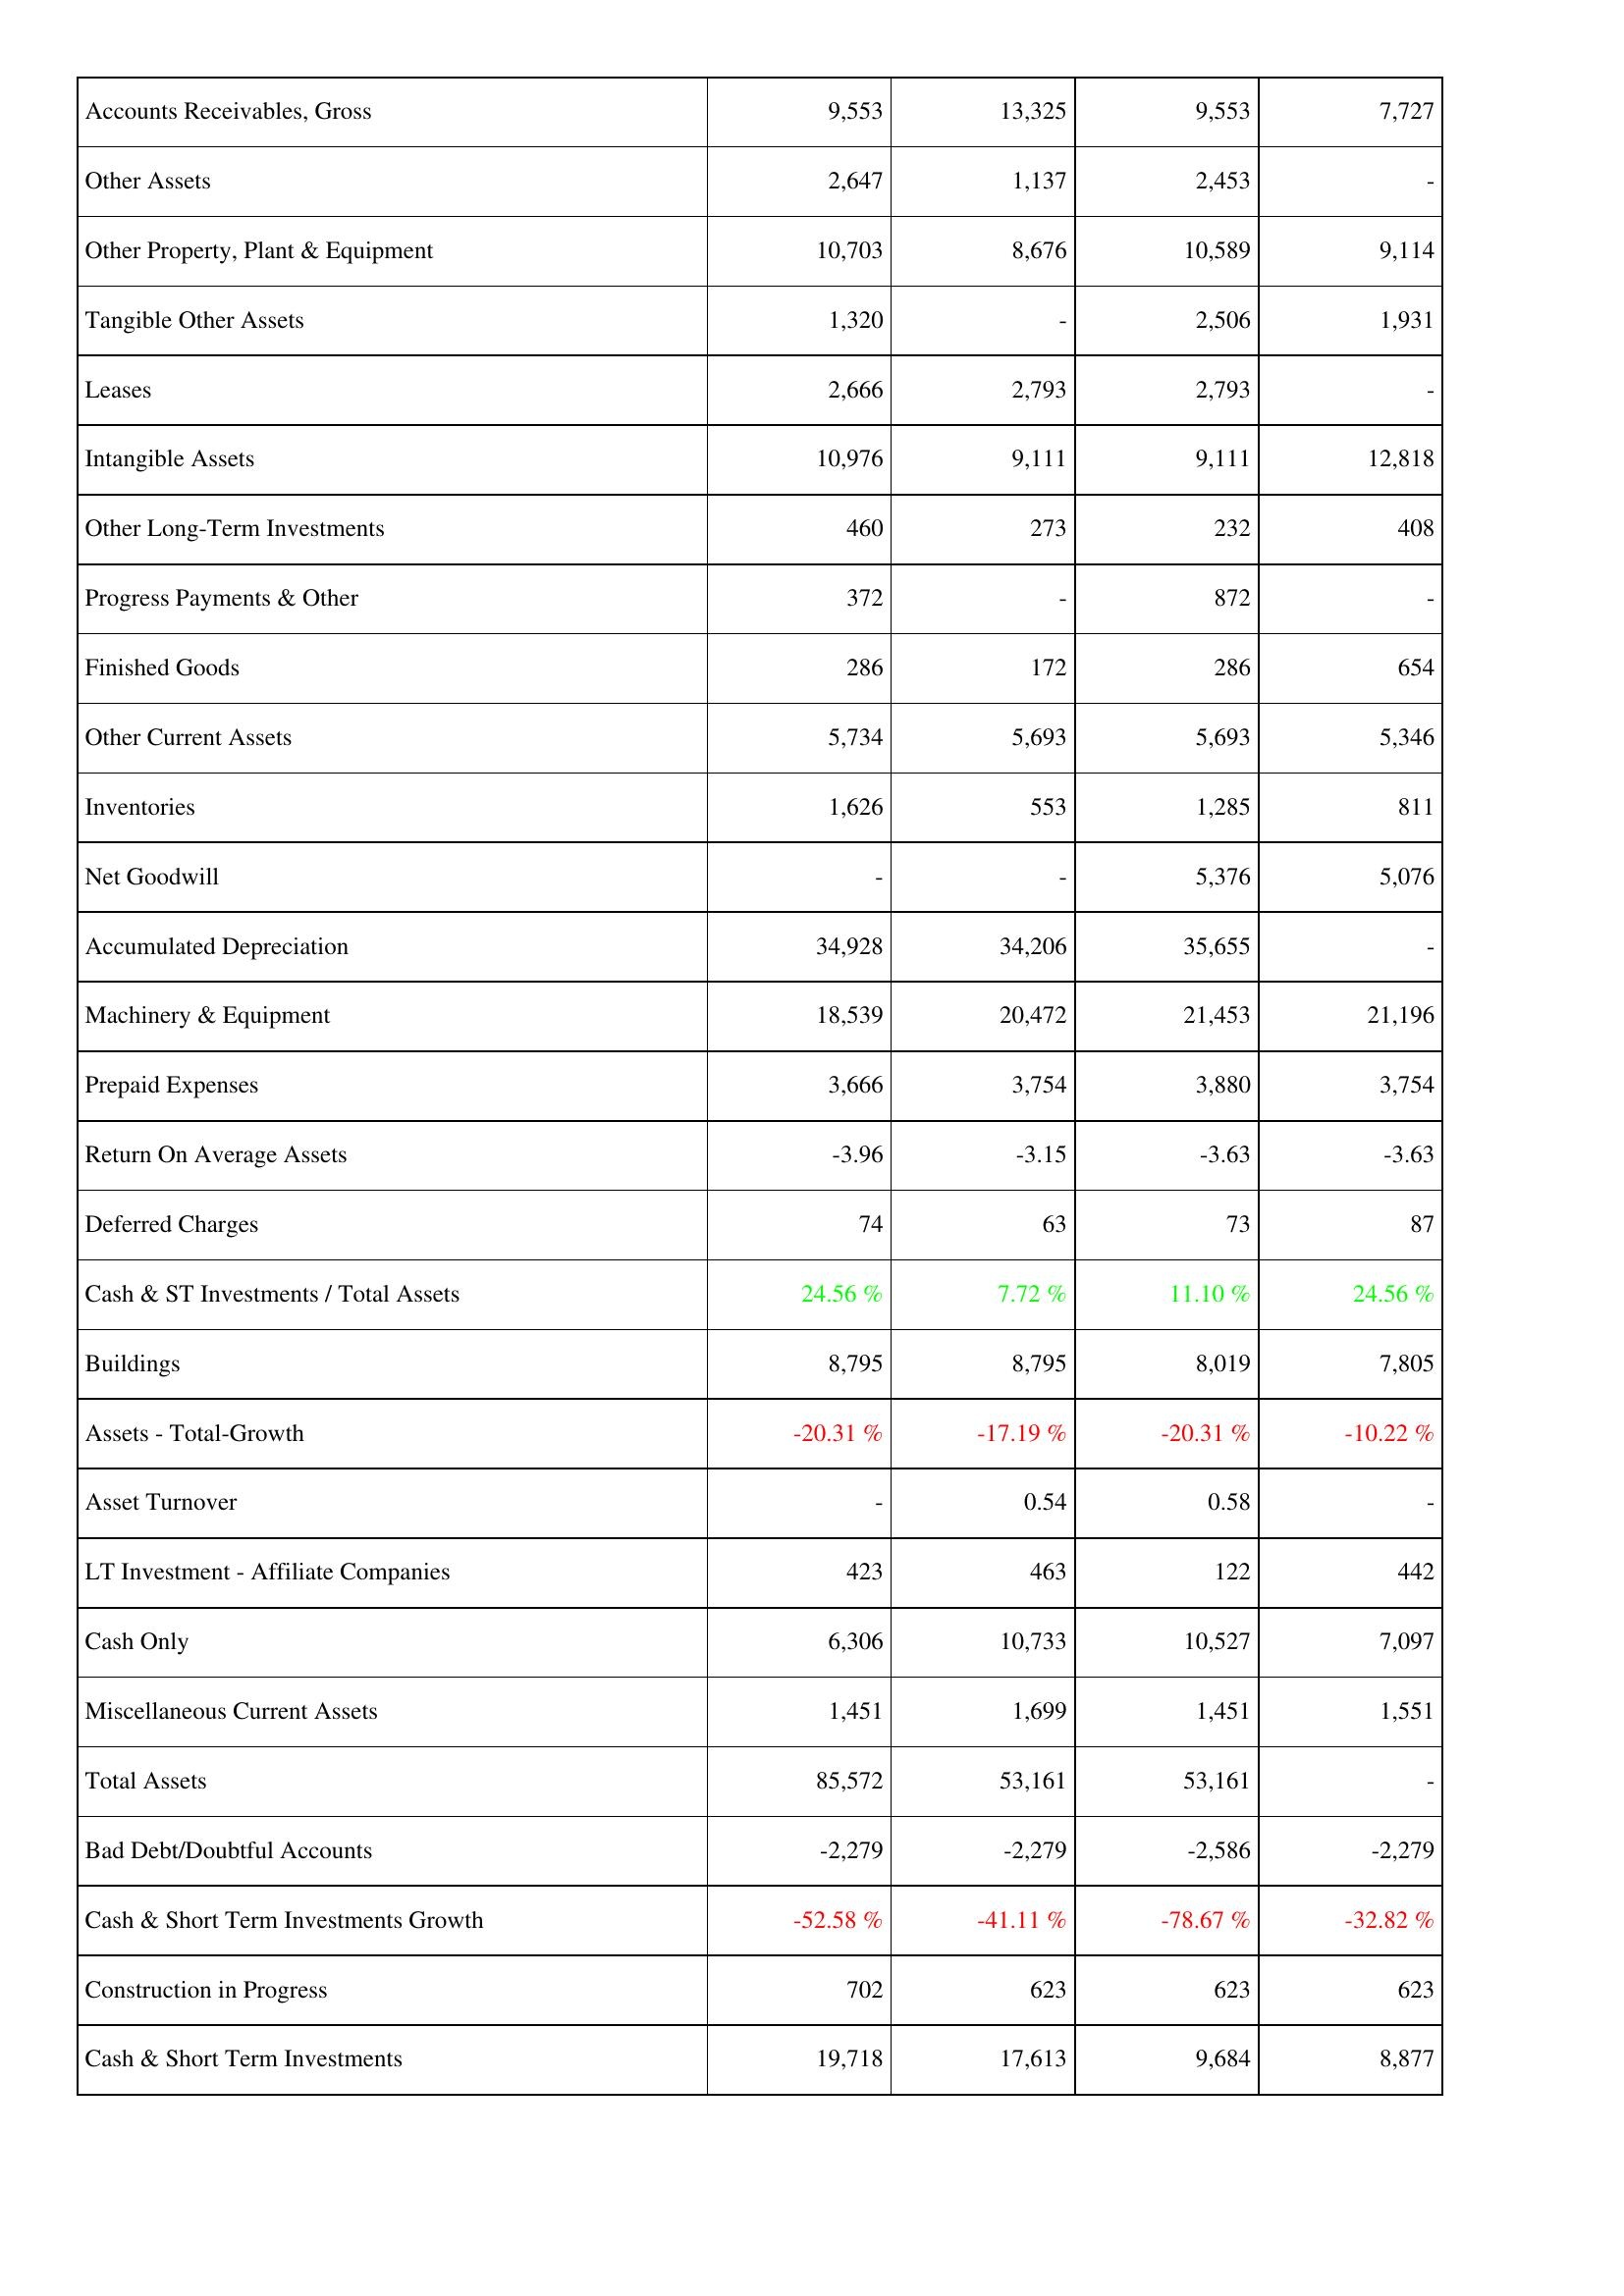
2008: Assets: Accounts Receivables, Gross: 9,553
Other Assets: 2,647
Other Property, Plant & Equipment: 10,703
Tangible Other Assets: 1,320
Leases: 2,666
Intangible Assets: 10,976
Other Long-Term Investments: 460
Progress Payments & Other: 372
Finished Goods: 286
Other Current Assets: 5,734
Inventories: 1,626
Net Goodwill: -
Accumulated Depreciation: 34,928
Machinery & Equipment: 18,539
Prepaid Expenses: 3,666
Return On Average Assets: -3.96
Deferred Charges: 74
Cash & ST Investments / Total Assets: 24.56 %
Buildings: 8,795
Assets - Total-Growth: -20.31 %
Asset Turnover: -
LT Investment - Affiliate Companies: 423
Cash Only: 6,306
Miscellaneous Current Assets: 1,451
Total Assets: 85,572
Bad Debt/Doubtful Accounts: -2,279
Cash & Short Term Investments Growth: -52.58 %
Construction in Progress: 702
Cash & Short Term Investments: 19,718
2007: Assets: Accounts Receivables, Gross: 13,325
Other Assets: 1,137
Other Property, Plant & Equipment: 8,676
Tangible Other Assets: -
Leases: 2,793
Intangible Assets: 9,111
Other Long-Term Investments: 273
Progress Payments & Other: -
Finished Goods: 172
Other Current Assets: 5,693
Inventories: 553
Net Goodwill: -
Accumulated Depreciation: 34,206
Machinery & Equipment: 20,472
Prepaid Expenses: 3,754
Return On Average Assets: -3.15
Deferred Charges: 63
Cash & ST Investments / Total Assets: 7.72 %
Buildings: 8,795
Assets - Total-Growth: -17.19 %
Asset Turnover: 0.54
LT Investment - Affiliate Companies: 463
Cash Only: 10,733
Miscellaneous Current Assets: 1,699
Total Assets: 53,161
Bad Debt/Doubtful Accounts: -2,279
Cash & Short Term Investments Growth: -41.11 %
Construction in Progress: 623
Cash & Short Term Investments: 17,613
2006: Assets: Accounts Receivables, Gross: 9,553
Other Assets: 2,453
Other Property, Plant & Equipment: 10,589
Tangible Other Assets: 2,506
Leases: 2,793
Intangible Assets: 9,111
Other Long-Term Investments: 232
Progress Payments & Other: 872
Finished Goods: 286
Other Current Assets: 5,693
Inventories: 1,285
Net Goodwill: 5,376
Accumulated Depreciation: 35,655
Machinery & Equipment: 21,453
Prepaid Expenses: 3,880
Return On Average Assets: -3.63
Deferred Charges: 73
Cash & ST Investments / Total Assets: 11.10 %
Buildings: 8,019
Assets - Total-Growth: -20.31 %
Asset Turnover: 0.58
LT Investment - Affiliate Companies: 122
Cash Only: 10,527
Miscellaneous Current Assets: 1,451
Total Assets: 53,161
Bad Debt/Doubtful Accounts: -2,586
Cash & Short Term Investments Growth: -78.67 %
Construction in Progress: 623
Cash & Short Term Investments: 9,684
2005: Assets: Accounts Receivables, Gross: 7,727
Other Assets: -
Other Property, Plant & Equipment: 9,114
Tangible Other Assets: 1,931
Leases: -
Intangible Assets: 12,818
Other Long-Term Investments: 408
Progress Payments & Other: -
Finished Goods: 654
Other Current Assets: 5,346
Inventories: 811
Net Goodwill: 5,076
Accumulated Depreciation: -
Machinery & Equipment: 21,196
Prepaid Expenses: 3,754
Return On Average Assets: -3.63
Deferred Charges: 87
Cash & ST Investments / Total Assets: 24.56 %
Buildings: 7,805
Assets - Total-Growth: -10.22 %
Asset Turnover: -
LT Investment - Affiliate Companies: 442
Cash Only: 7,097
Miscellaneous Current Assets: 1,551
Total Assets: -
Bad Debt/Doubtful Accounts: -2,279
Cash & Short Term Investments Growth: -32.82 %
Construction in Progress: 623
Cash & Short Term Investments: 8,877